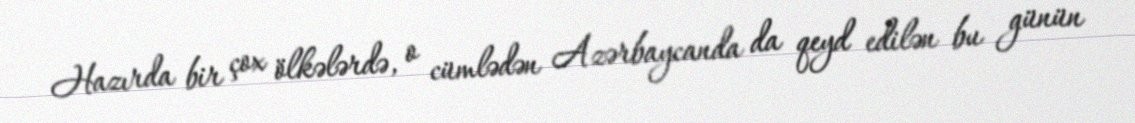
Hazırda bir çox ölkələrdə, o cümlədən Azərbaycanda da qeyd edilən bu günün